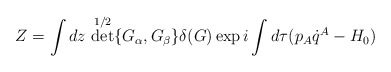
\begin{align*}Z=\int dz\,\det^{1/2}\{G_\alpha,G_\beta\}\delta(G)\exp i\int d\tau(p_A\dot q^A-H_0)\end{align*}